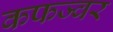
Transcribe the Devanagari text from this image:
कफज्वर